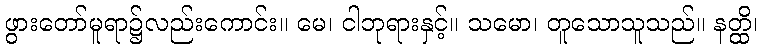
ဖွားတော်မူရာ၌လည်းကောင်း။ မေ၊ ငါဘုရားနှင့်။ သမော၊ တူသောသူသည်။ နတ္ထိ၊